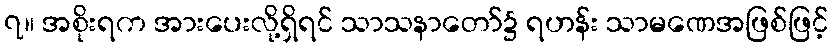
၇။ အစိုးရက အားပေးလို့ရှိရင် သာသနာတော်၌ ရဟန်း သာမဏေအဖြစ်ဖြင့်